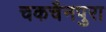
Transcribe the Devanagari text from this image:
चकचैनपुरा